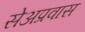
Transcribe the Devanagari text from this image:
सेअप्रवास